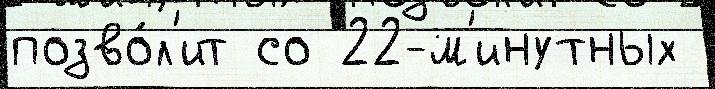
позво́л'ит со 22-м'инутных